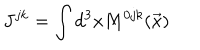
J ^ { j k } = \int d ^ { 3 } x M ^ { 0 j k } ( \vec { x } )